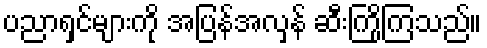
ပညာရှင်များကို အပြန်အလှန် ဆီးကြိုကြသည်။